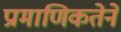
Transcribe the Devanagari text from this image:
प्रामाणिकतेने